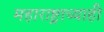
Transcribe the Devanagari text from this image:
महाराष्ट्राच्याही